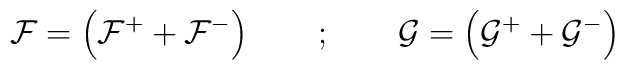
{\cal F}=\left ({\cal F}^+ +{\cal F}^- \right ) \qquad ;\qquad{\cal G}=\left ({\cal G}^+ +{\cal G}^- \right )